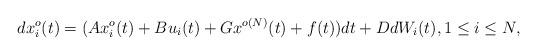
LaTeX: \begin{align*}dx_i^o(t)=(Ax_i^o(t)+Bu_i(t)+Gx^{o(N)}(t) +f(t)) dt +D dW_i(t), 1\leq i \leq N, \end{align*}